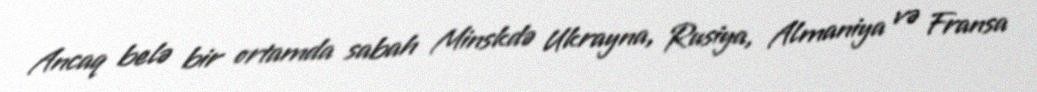
Ancaq belə bir ortamda sabah Minskdə Ukrayna, Rusiya, Almaniya və Fransa